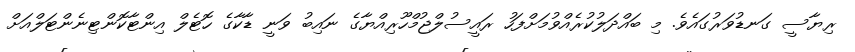
ރިޔާސީ ގަނޑުވަރުގައެވެ. މި ބައްދަލުކުރެއްވުމަށްފަހު ރައީސުލްޖުމްހޫރިއްޔާގެ ނައިބު ވަނީ ޑާކާގެ ހޮޓެލް އިންޓާކޮންޓިނެންޓަލްއަށް